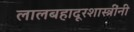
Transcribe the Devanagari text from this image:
लालबहादूरशास्त्रींनी